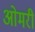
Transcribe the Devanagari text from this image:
ओमरी